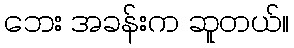
ဘေး အခန်းက ဆူတယ်။